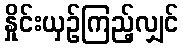
နှိုင်းယှဉ်ကြည့်လျှင်